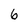
Character: 6